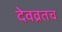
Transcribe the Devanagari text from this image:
देवव्रतच